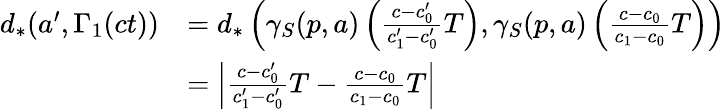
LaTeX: \begin{array}{rl}{d_{*}(a^{\prime},\Gamma_{1}(ct))}&{=d_{*}\left(\gamma_{S}(p,a)\left(\frac{c-c_{0}^{\prime}}{c_{1}^{\prime}-c_{0}^{\prime}}T\right),\gamma_{S}(p,a)\left(\frac{c-c_{0}}{c_{1}-c_{0}}T\right)\right)}\\ &{=\left|\frac{c-c_{0}^{\prime}}{c_{1}^{\prime}-c_{0}^{\prime}}T-\frac{c-c_{0}}{c_{1}-c_{0}}T\right|}\end{array}